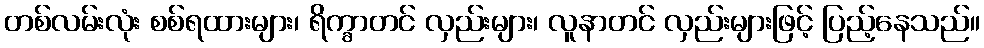
တစ်လမ်းလုံး စစ်ရထားများ၊ ရိက္ခာတင် လှည်းများ၊ လူနာတင် လှည်းများဖြင့် ပြည့်နေသည်။